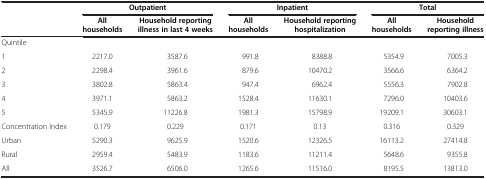
|  | <COLSPAN=2> Outpatient | <COLSPAN=2> Inpatient | <COLSPAN=2> Total |
 |  | All households | Household reporting illness in last 4 weeks | All households | Household reporting hospitalization | All households | Household reporting illness |
 | --- | --- | --- | --- | --- | --- | --- |
 | <COLSPAN=7> Quintile |
 | 1 | 2217.0 | 3587.6 | 991.8 | 8388.8 | 5354.9 | 7005.3 |
 | 2 | 2298.4 | 3961.6 | 879.6 | 10470.2 | 3566.6 | 6364.2 |
 | 3 | 3802.8 | 5863.4 | 947.4 | 6962.4 | 5556.3 | 7902.8 |
 | 4 | 3971.1 | 5863.2 | 1528.4 | 11630.1 | 7296.0 | 10403.6 |
 | 5 | 5345.9 | 11226.8 | 1981.3 | 15798.9 | 19209.1 | 30603.1 |
 | Concentration Index | 0.179 | 0.229 | 0.171 | 0.13 | 0.316 | 0.329 |
 | Urban | 5290.3 | 9625.9 | 1520.6 | 12326.5 | 16113.2 | 27414.8 |
 | Rural | 2959.4 | 5483.9 | 1183.6 | 11211.4 | 5648.6 | 9355.8 |
 | All | 3526.7 | 6506.0 | 1265.6 | 11516.0 | 8195.5 | 13813.0 |